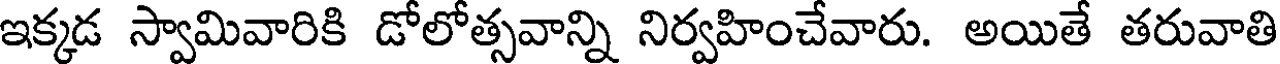
ఇక్కడ స్వామివారికి డోలోత్సవాన్ని నిర్వహించేవారు. అయితే తరువాతి